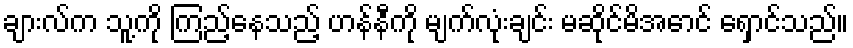
ချားလ်က သူ့ကို ကြည့်နေသည့် ဟန်နီကို မျက်လုံးချင်း မဆိုင်မိအောင် ရှောင်သည်။